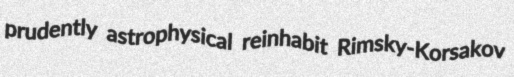
prudently astrophysical reinhabit Rimsky-Korsakov